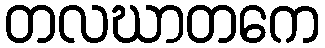
တလဃာတကေ